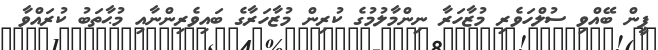
ޕީން ބޭއްވި ސުލްހަވެރި މުޒާހަރާ ނިންމާލުމުގެ ކުރިން މުޒާހަރާގެ ބައިވެރިންނާއި މުޙާތަބު ކުރައްވާ